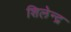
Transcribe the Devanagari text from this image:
शिलेन्द्र